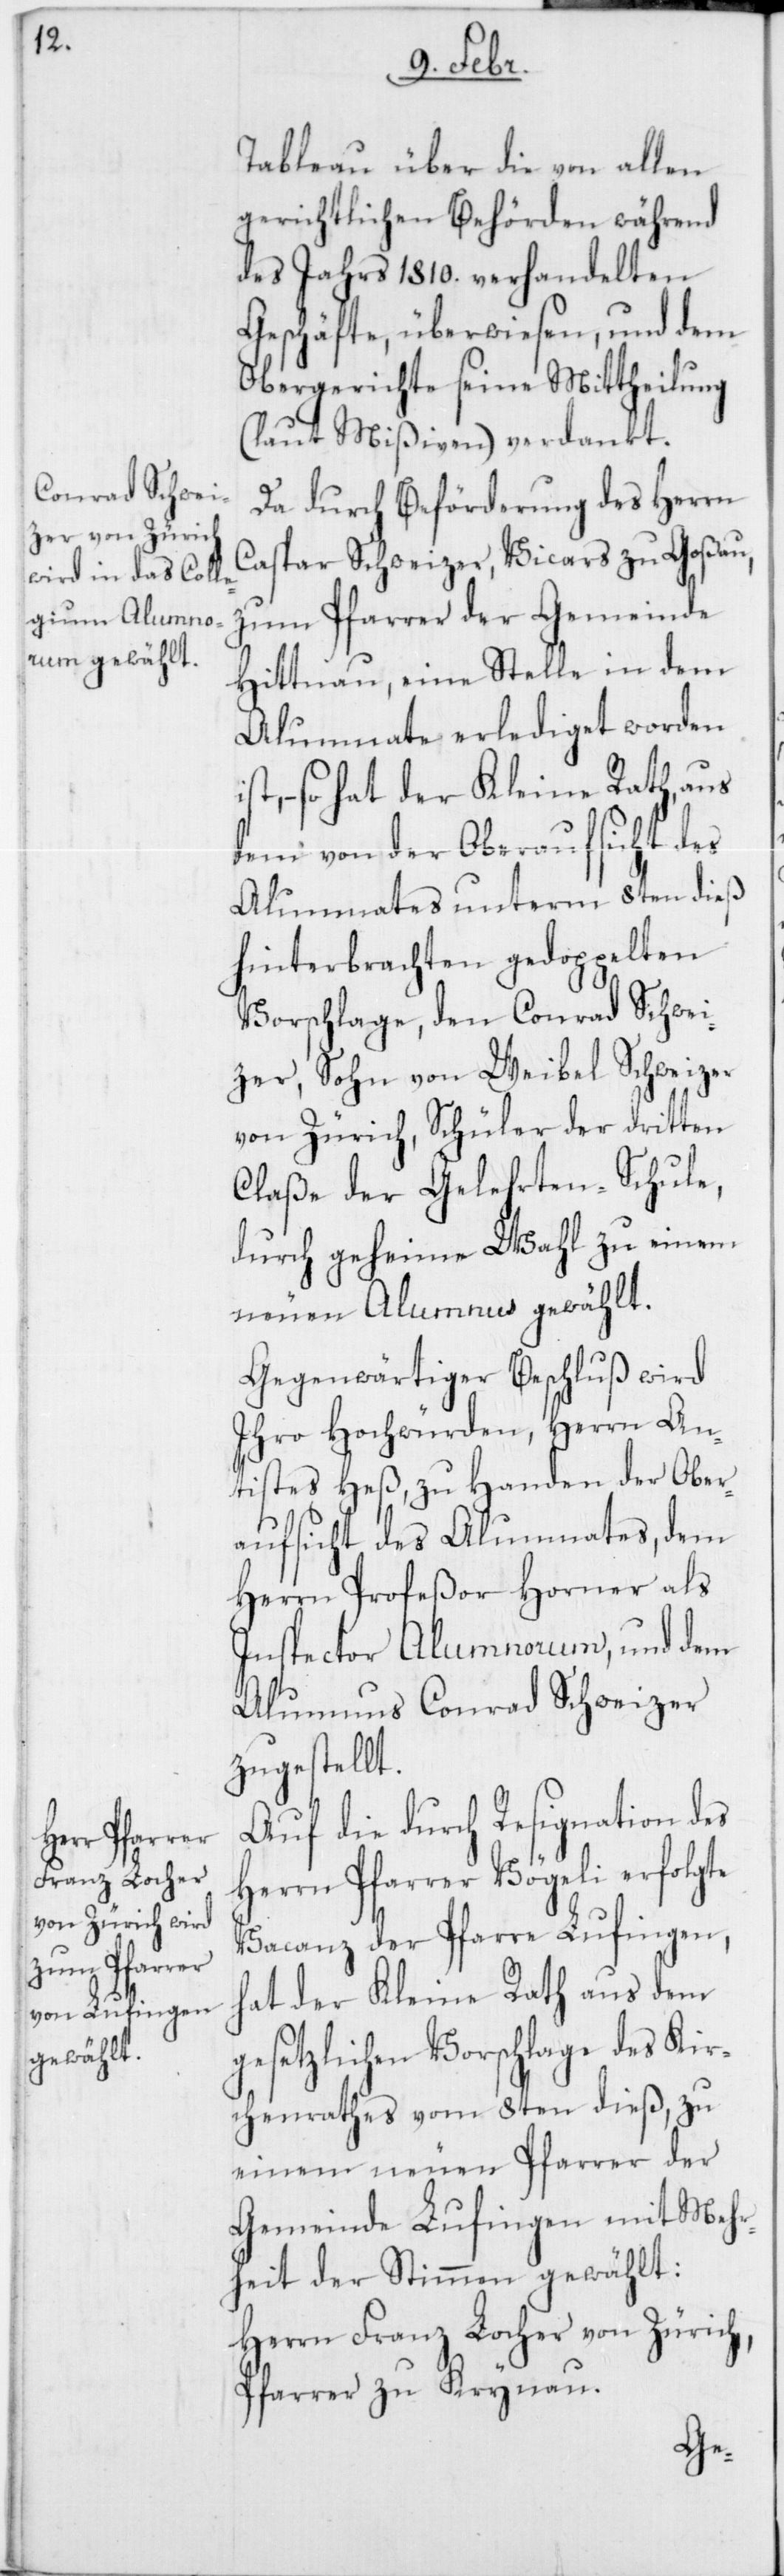
Tableau über die von allen
gerichtlichen Behörden während
des Jahrs 1810. verhandelten
Geschäfte, überwiesen, und dem
Obergerichte seine Mittheilung
(laut Mißiven) verdankt.
Da durch Beförderung des Herrn
Caspar Schweizer, Vicars zu Goßau,
zum Pfarrer der Gemeinde
Hittnau, eine Stelle in dem
Alumnate erlediget worden
so hat der Kleine Rath, aus
dem von der Oberaufsicht des
Alumnates unterm 8ten dieß
hinterbrachten gedoppelten
Vorschlage, den Conrad Schwei¬
zer, Sohn von Weibel Schweizer
von Zürich, Schüler der dritten
Claße der Gelehrten-Schule,
durch geheime Wahl zu einem
neuen Alumnus gewählt.
Gegenwärtiger Beschluß wird
Ihro Hochwürden, Herrn An¬
tistes Heß, zu Handen der Ober¬
aufsicht des Alumnates, dem
Herrn Profeßor Horner als
Inspector Alumnorum, und dem
Alumnus Conrad Schweizer
zugestellt.
Auf die durch Resignation des
Herrn Pfarrer Vögeli erfolgte
Vacanz der Pfarre Lufingen,
hat der Kleine Rath aus dem
gesetzlichen Vorschlage des Kir¬
chenrathes vom 8ten dieß, zu
einem neuen Pfarrer der
Gemeinde Lufingen mit Mehr¬
heit der Stimmen gewählt:
Herrn Franz Locher von Zürich,
Pfarrer zu Krynau.